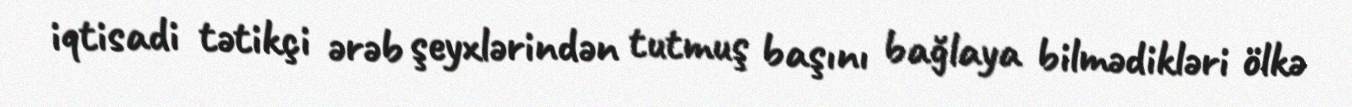
iqtisadi tətikçi ərəb şeyxlərindən tutmuş başını bağlaya bilmədikləri ölkə